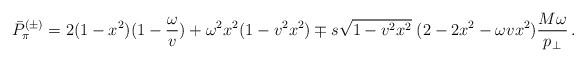
LaTeX: \begin{align*}\bar{P}^{(\pm)}_{\pi} =2(1-x^2)(1-{\omega\over v}) + \omega^2 x^2 (1-v^2x^2)\mp s \sqrt{1-v^2x^2}\;(2-2x^2-\omega vx^2){M \omega\over p_{\perp}}\,.\end{align*}